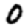
Digit: 0